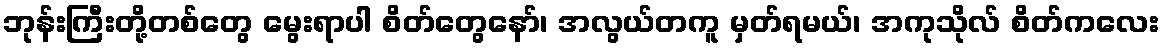
ဘုန်းကြီးတို့တစ်တွေ မွေးရာပါ စိတ်တွေနော်၊ အလွယ်တကူ မှတ်ရမယ်၊ အကုသိုလ် စိတ်ကလေး